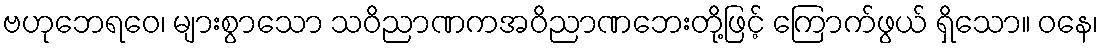
ဗဟုဘေရဝေ၊ များစွာသော သဝိညာဏကအဝိညာဏဘေးတို့ဖြင့် ကြောက်ဖွယ် ရှိသော။ ဝနေ၊